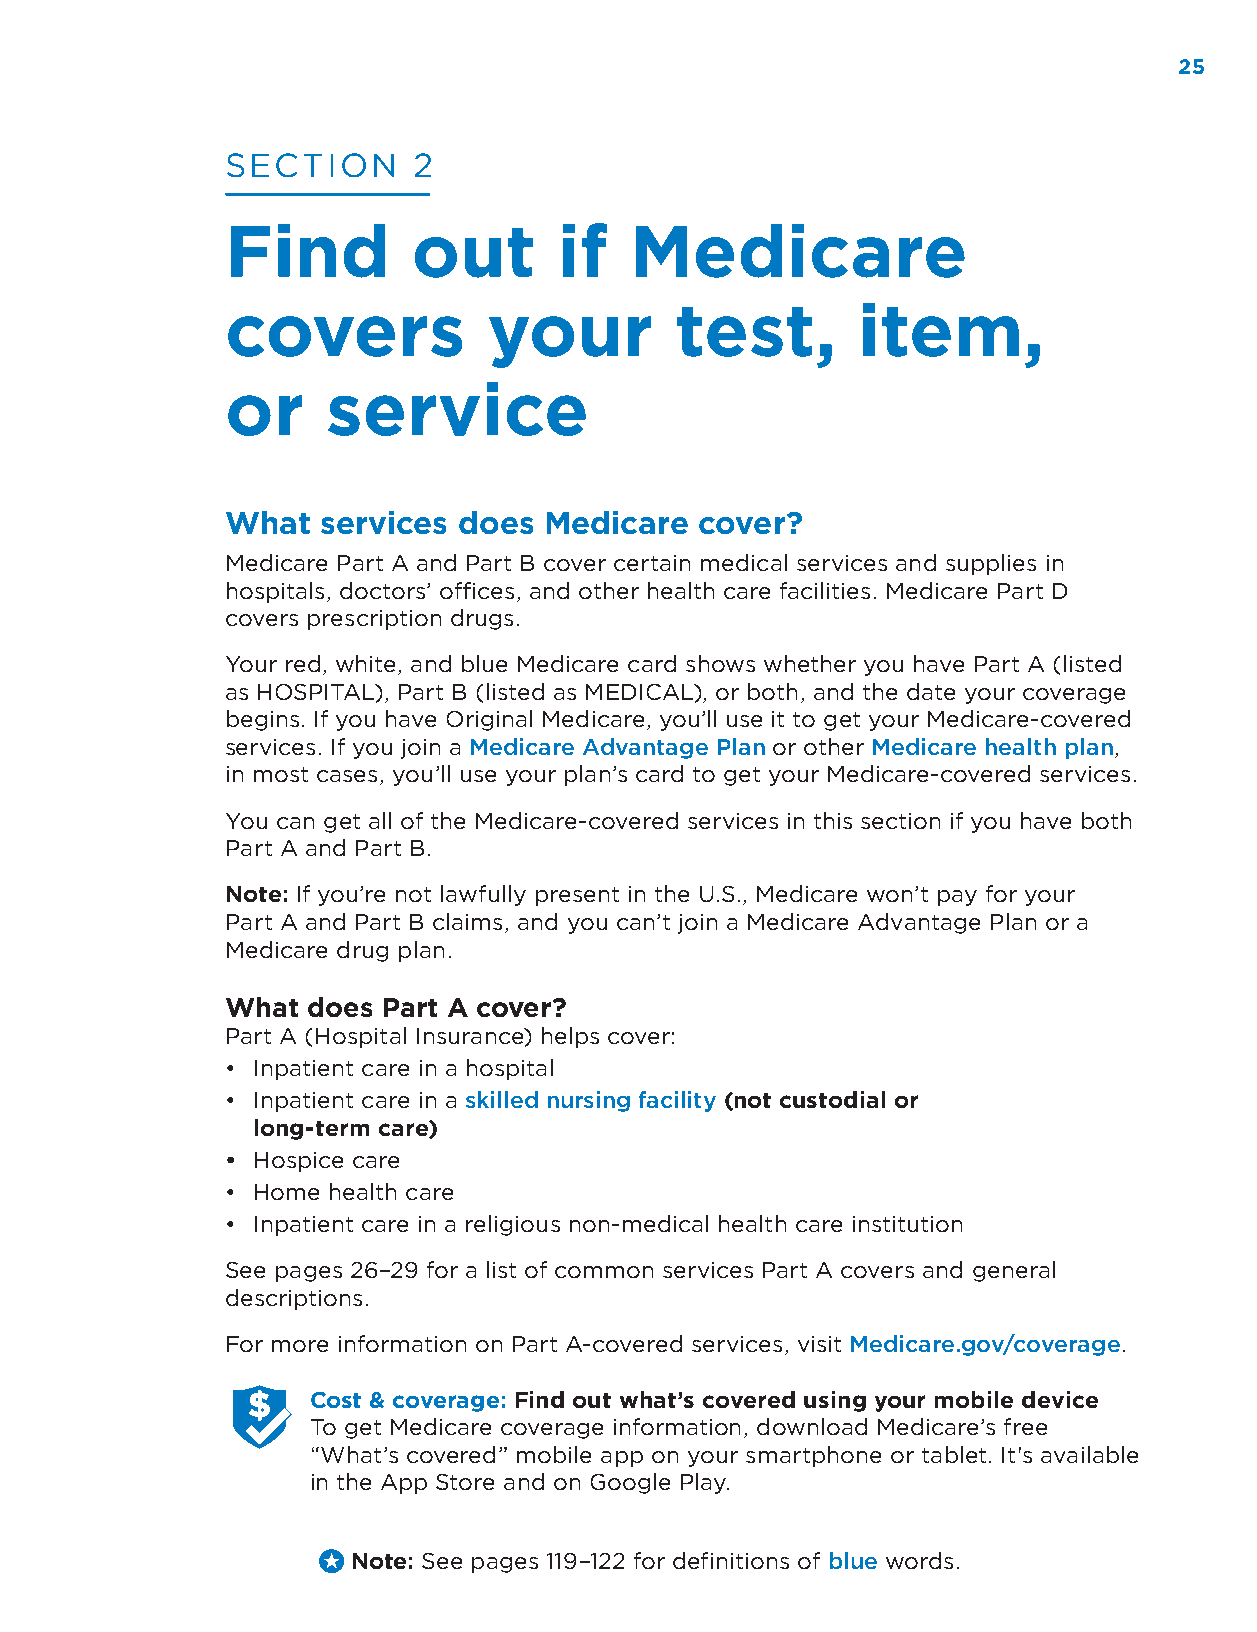
25
 SECTION     2
 Find        out       if   Medicare
 covers           your         test,       item,
 or     service
 What  services does  Medicare  cover?
 Medicare Part A and Part B cover certain medical services and supplies in
 hospitals, doctors’ offices, and other health care facilities. Medicare Part D
 covers prescription drugs.
 Your red, white, and blue Medicare card shows whether you have Part A (listed
 as HOSPITAL), Part B (listed as MEDICAL), or both, and the date your coverage
 begins. If you have Original Medicare, you’ll use it to get your Medicare-covered
 services. If you join a Medicare Advantage Plan or other Medicare health plan,
 in most cases, you’ll use your plan’s card to get your Medicare-covered services.
 You can get all of the Medicare-covered services in this section if you have both
 Part A and Part B.
 Note: If you’re not lawfully present in the U.S., Medicare won’t pay for your
 Part A and Part B claims, and you can’t join a Medicare Advantage Plan or a
 Medicare drug plan.
 What does Part A cover?
 Part A (Hospital Insurance) helps cover:
 • Inpatient care in a hospital
 • Inpatient care in a skilled nursing facility (not custodial or
 long-term care)
 • Hospice care
 • Home health care
 • Inpatient care in a religious non-medical health care institution
 See pages 26–29 for a list of common services Part A covers and general
 descriptions.
 For more information on Part A-covered services, visit Medicare.gov/coverage.
 Cost & coverage: Find out what’s covered using your mobile device
 To get Medicare coverage information, download Medicare’s free
 “What’s covered” mobile app on your smartphone or tablet. It's available
 in the App Store and on Google Play.
 Note: See pages 119–122 for definitions of blue words.